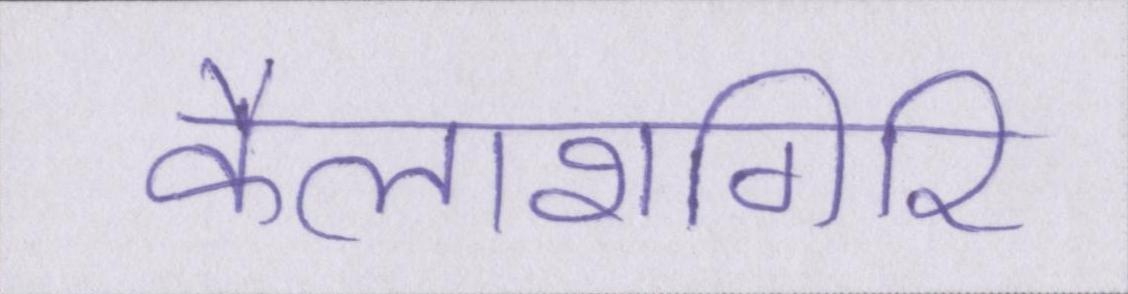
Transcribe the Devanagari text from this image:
कैलाशगिरि